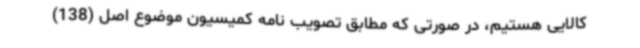
کالایی هستیم، در صورتی که مطابق تصویب نامه کمیسیون موضوع اصل (138)